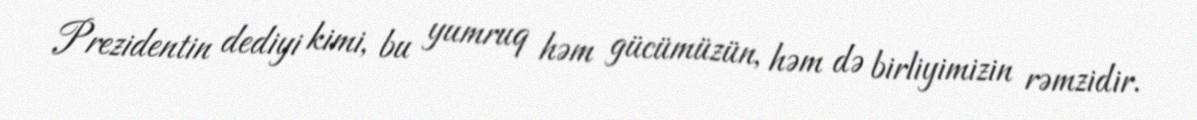
Prezidentin dediyi kimi, bu yumruq həm gücümüzün, həm də birliyimizin rəmzidir.